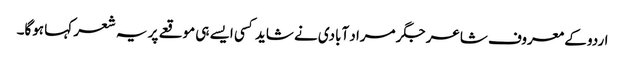
اردو کے معروف شاعر جگر مراد آبادی نے شاید کسی ایسے ہی موقعے پر یہ شعر کہا ہوگا۔